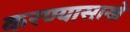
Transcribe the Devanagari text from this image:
करण्यासाखे